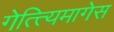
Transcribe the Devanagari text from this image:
गेत्त्यिमागेस